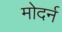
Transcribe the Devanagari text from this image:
मोदर्न